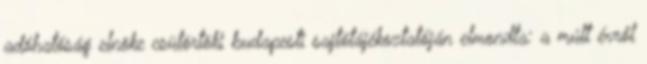
adóhatóság elnöke csütörtöki budapesti sajtótájékoztatóján elmondta: a múlt évről